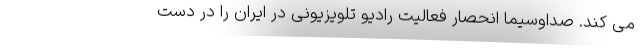
می کند. صداوسیما انحصار فعالیت رادیو تلویزیونی در ایران را در دست